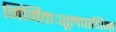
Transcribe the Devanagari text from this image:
निर्मिताःशूलपाणिना